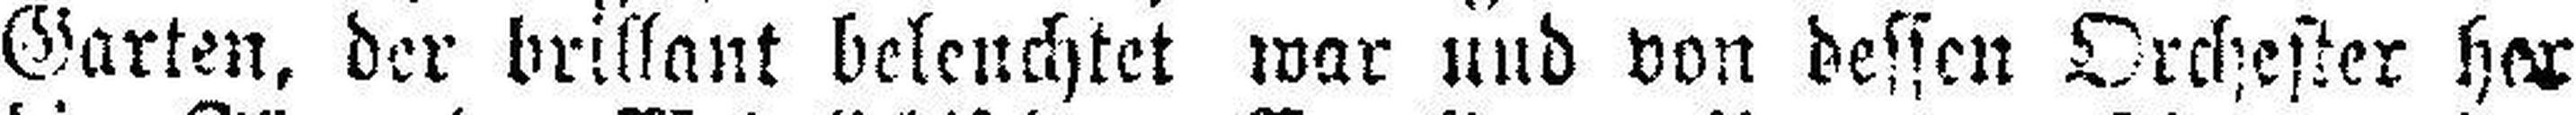
Garten, der brillant beleuchtet war und von dessen Orchester her